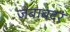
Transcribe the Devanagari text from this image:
जबाबदर